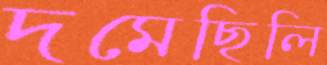
দমেছিলি